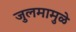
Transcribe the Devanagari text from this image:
जुलमामुळे